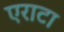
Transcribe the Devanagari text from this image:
एराटा